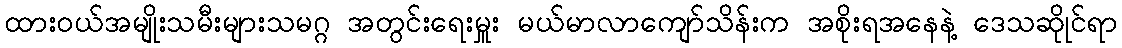
ထားဝယ်အမျိုးသမီးများသမဂ္ဂ အတွင်းရေးမှူး မယ်မာလာကျော်သိန်းက အစိုးရအနေနဲ့ ဒေသဆိုုင်ရာ